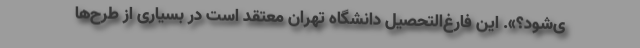
ی‌شود؟». این فارغ‌التحصیل دانشگاه تهران معتقد است در بسیاری از طرح‌ها